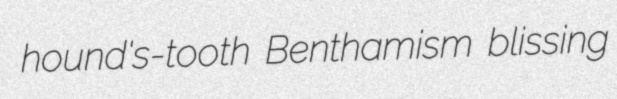
hound's-tooth Benthamism blissing